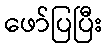
ဖော်ပြပြီး